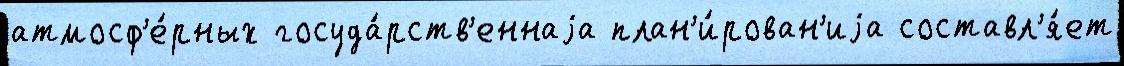
атмосф'е́рных госуда́рств'еннаjа план'и́рован'иjа составл'я́ет